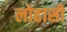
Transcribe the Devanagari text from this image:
लोहासी